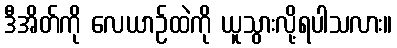
ဒီအိတ်ကို လေယာဉ်ထဲကို ယူသွားလို့ရပါသလား။